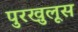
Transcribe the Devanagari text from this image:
पुरखुलूस